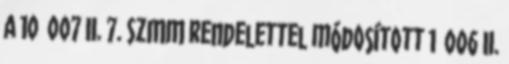
A 10 007 II. 7. SzMM rendelettel módosított 1 006 II.